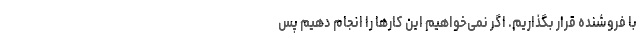
با فروشنده قرار بگذاریم. اگر نمی‌خواهیم این کارها را انجام دهیم پس